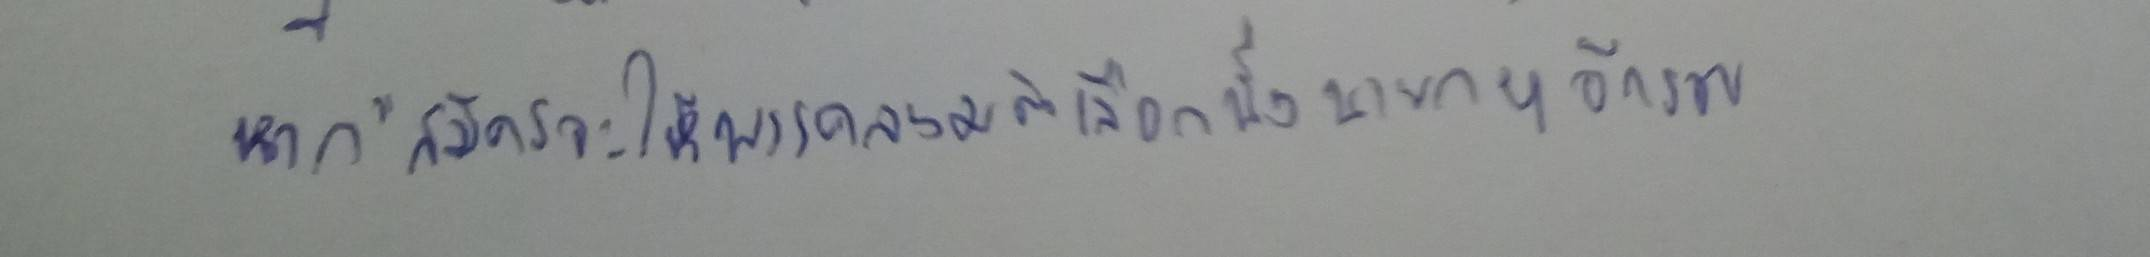
หาก"สมัครจะให้พรรคลงมติเลือกนั่งนายกฯอีกรอบ